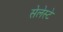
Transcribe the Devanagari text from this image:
सेलेस्टे